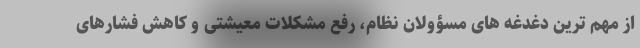
از مهم ترین دغدغه های مسؤولان نظام، رفع مشکلات معیشتی و کاهش فشارهای